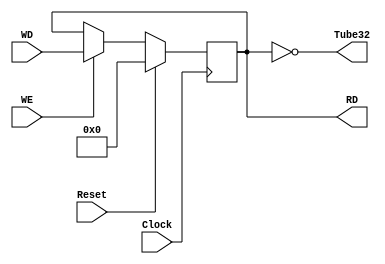
`timescale 1ns / 1ps
module LED_32_Driver(Clock,Reset,WD,WE,
							RD,
							Tube32);
	input Clock;
	input Reset;
	
	// CPU
	input WE;
	input [31:0] WD;
	output [31:0] RD;
	
	// 
	output [31:0] Tube32;
	
	reg [31:0] data;
	
	// assign output wire
	assign RD = data;
	assign Tube32 = ~data;
	
	initial begin
		data = 0;
	end
	
	always @(posedge Clock)begin
		if(Reset)begin
			data <= 0;
		end
		else begin
			if(WE)begin
				data <= WD;
			end
		end
	end


endmodule